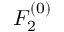
F _ { 2 } ^ { ( 0 ) }